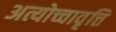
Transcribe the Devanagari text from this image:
अत्योच्चावृत्ति